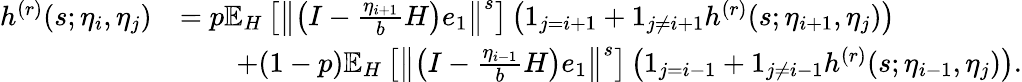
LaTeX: \begin{array}{rl}{h^{(r)}(s;\eta_{i},\eta_{j})}&{=p\mathbb{E}_{H}\left[\left\Vert\left(I-\frac{\eta_{i+1}}{b}H\right)e_{1}\right\Vert^{s}\right]\left(1_{j=i+1}+1_{j\neq i+1}h^{(r)}(s;\eta_{i+1},\eta_{j})\right)}\\ &{\qquad+(1-p)\mathbb{E}_{H}\left[\left\Vert\left(I-\frac{\eta_{i-1}}{b}H\right)e_{1}\right\Vert^{s}\right]\left(1_{j=i-1}+1_{j\neq i-1}h^{(r)}(s;\eta_{i-1},\eta_{j})\right).}\end{array}